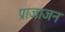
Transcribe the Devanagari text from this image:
प्राजाजन